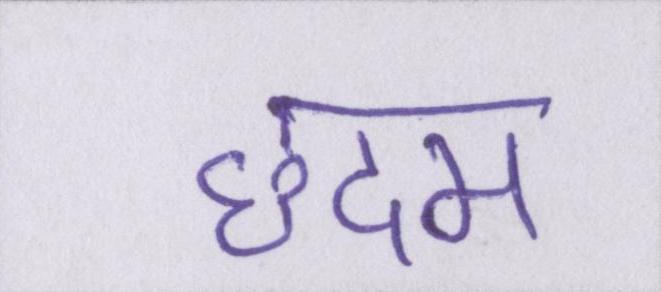
छदम